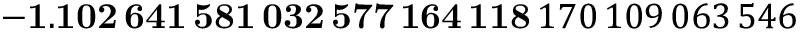
\mathbf { - 1 . 1 0 2 \, 6 4 1 \, 5 8 1 \, 0 3 2 \, 5 7 7 \, 1 6 4 \, 1 1 8 } \, 1 7 0 \, 1 0 9 \, 0 6 3 \, 5 4 6